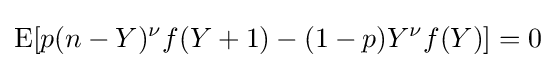
\operatorname {E} [p(n-Y)^{\nu }f(Y+1)-(1-p)Y^{\nu }f(Y)]=0